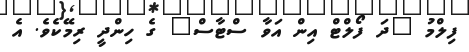
ފިލްމު "ދަ ފޯލްޓް އިން އަވާ ސްޓާސް" ގެ ހިންދީ ރިމޭކެވެ. އެ